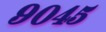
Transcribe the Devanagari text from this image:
९०४५